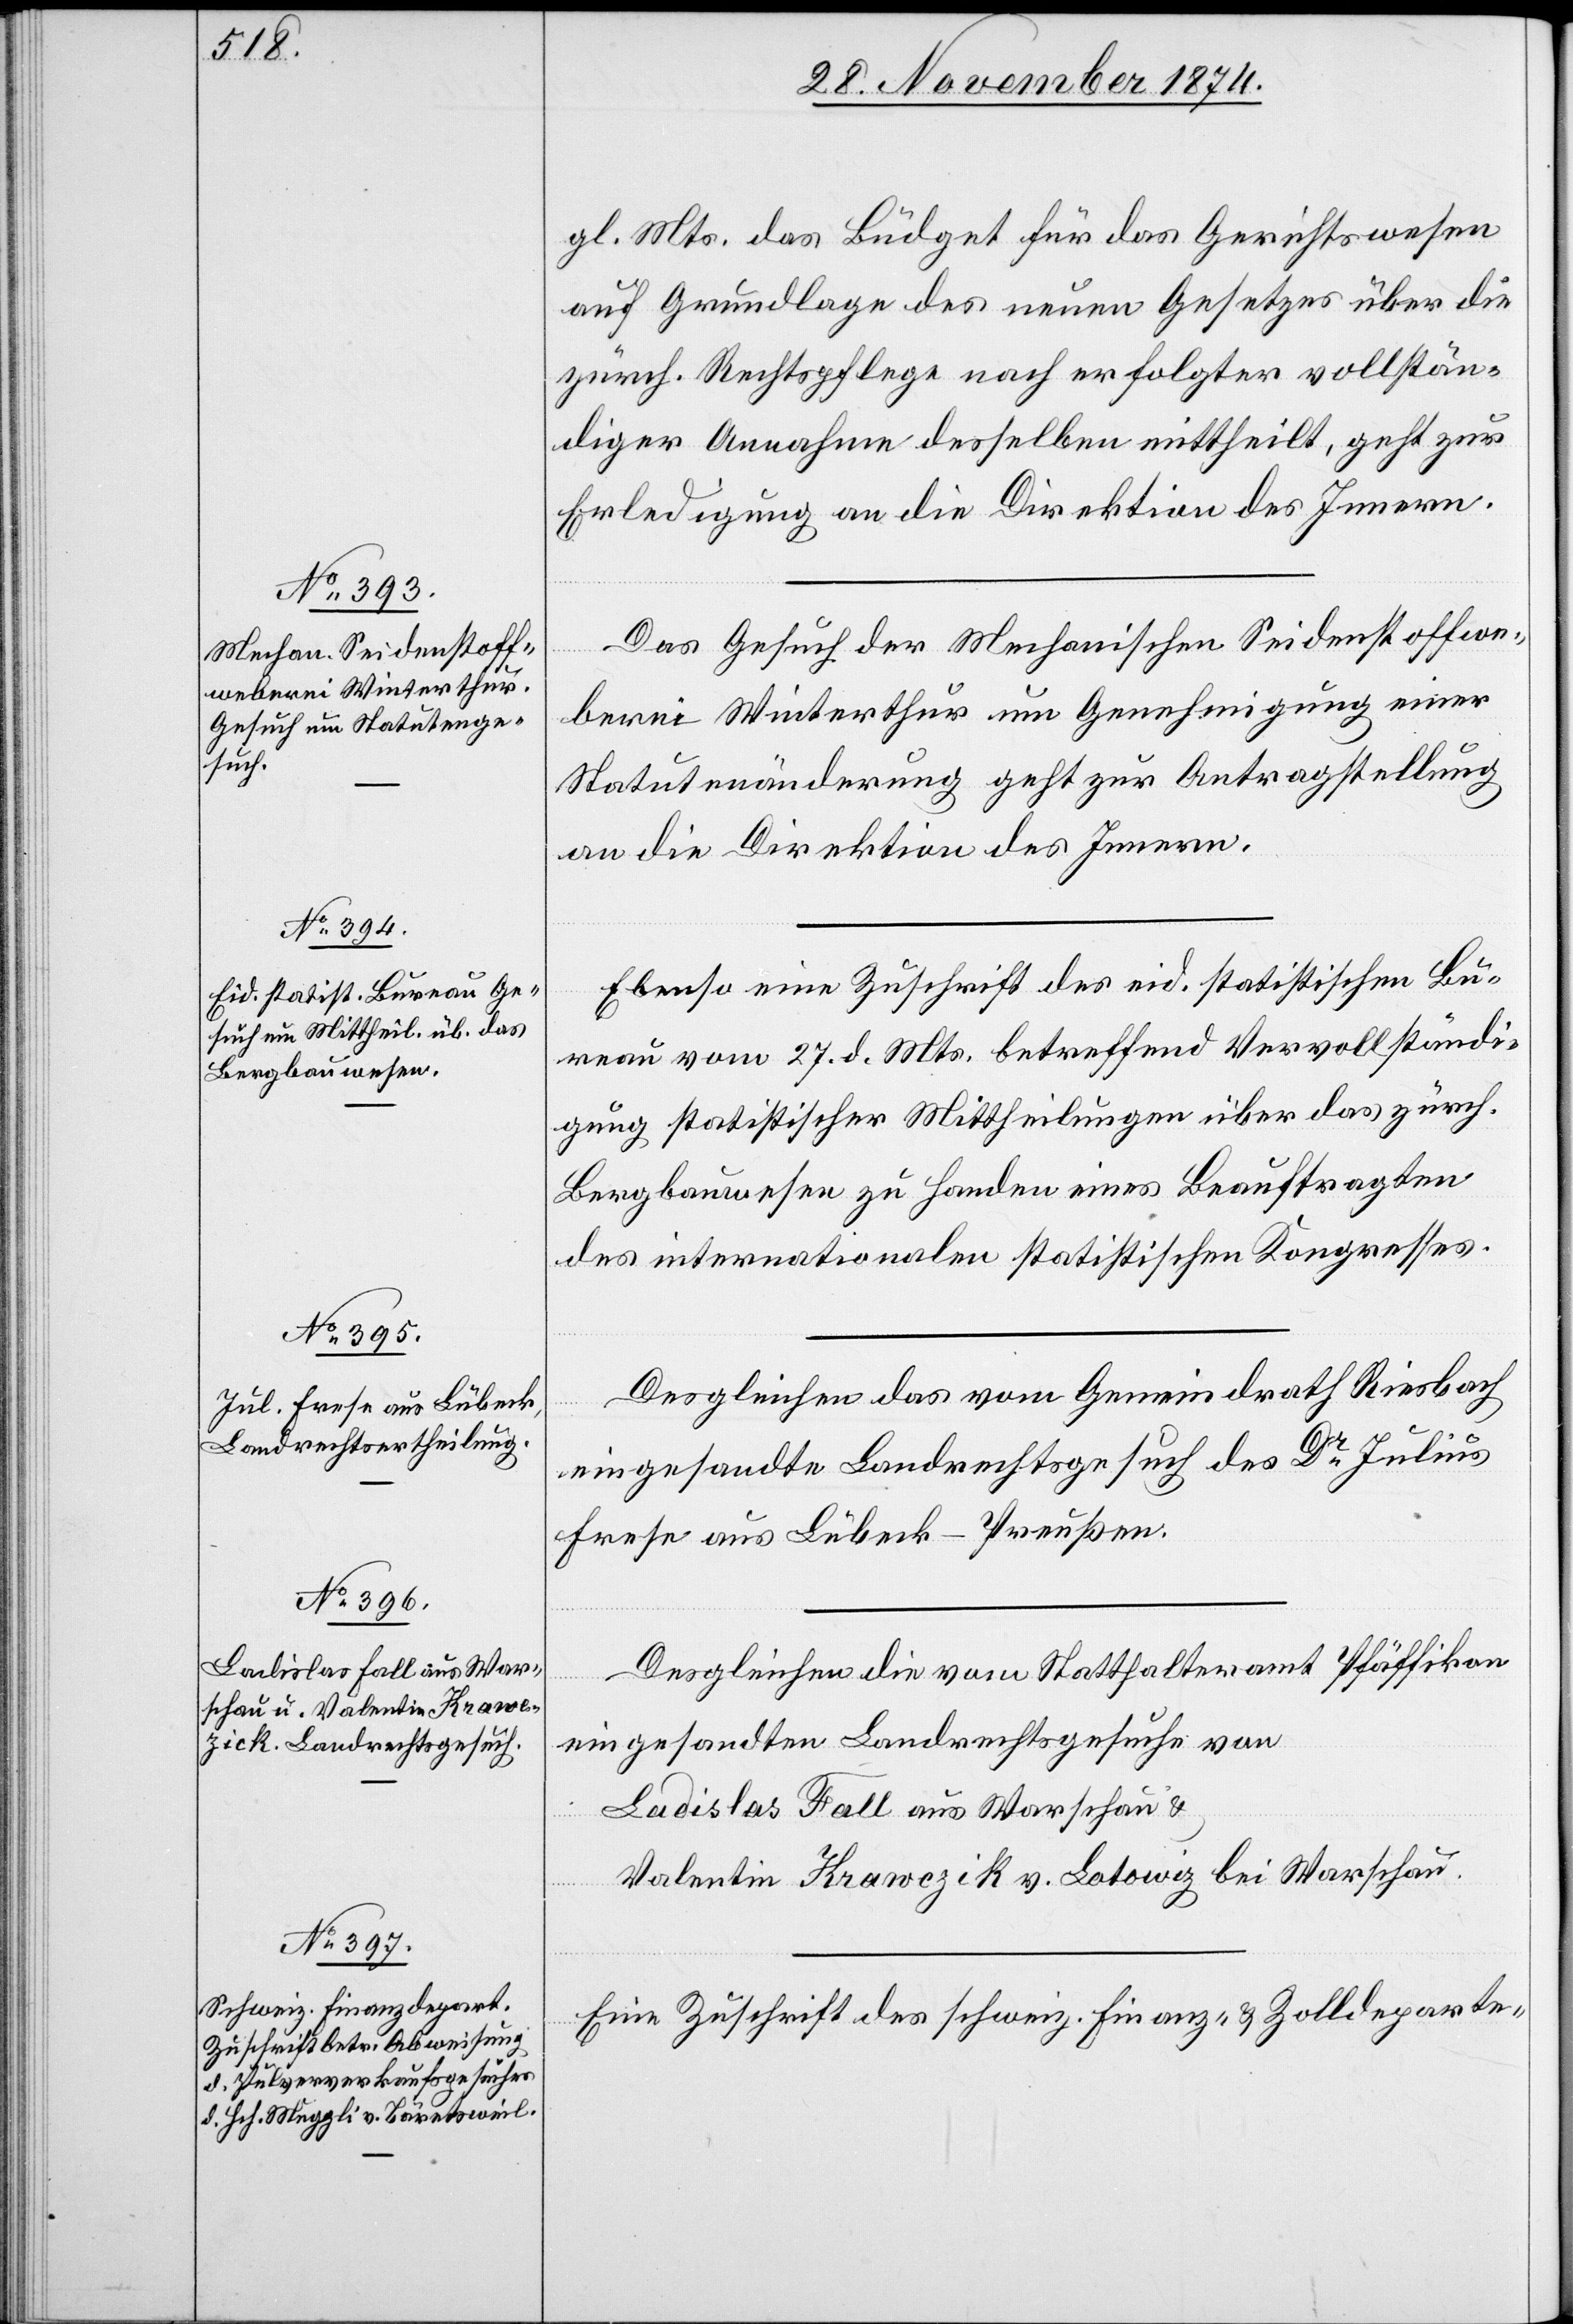
30. November 1874.]
gl. Mts. das Büdget für das Gerichtswesen
auf Grundlage des neuen Gesetzes über die
zürch. Rechtspflege nach erfolgter vollstän¬
diger Annahme desselben mittheilt, geht zur
Erledigung an die Direktion des Innern.
Das Gesuch der Mechanischen Seidenstoffwe¬
berei Winterthur um Genehmigung einer
Statutenänderung geht zur Antragstellung
an die Direktion des Innern.
Ebenso eine Zuschrift des eid. statistischen Bu¬
reau vom 27. d. Mts., betreffend Vervollständi¬
gung statistischer Mittheilungen über das zürch.
Bergbauwesen zu Handen eines Beauftragten
des internationalen statistischen Kongresses.
Desgleichen das vom Gemeindrath Riesbach
eingesandte Landrechtsgesuch des Dr Julius
Frese aus Lübeck-Preußen.
Desgleichen die vom Statthalteramt Pfäffikon
eingesandten Landrechtsgesuche von
Ladislas Fall aus Warschau &
Valentin Krawczik [sic!] v. Lotowig bei Warschau.
Eine Zuschrift des schweiz. Finanz- & Zolldeparte-